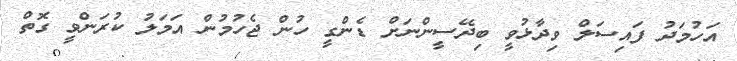
އަހުމަދު ފައިސަލް ވިދާޅުވީ ބިދޭސީންނަށް ޑެންގީ ހުން ޖެހުމުން އަމަލު ކުރަންވީ ގޮތް